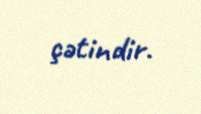
çətindir.